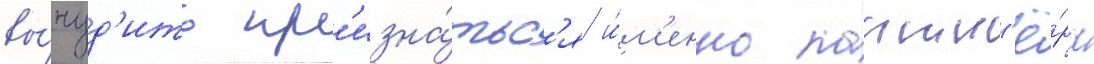
вы́нуд'ить пр'изна́тьс'я и́м'енно партн'ё́ра